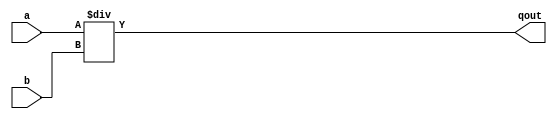
`timescale 1ns/1ns

module DIV(a,b,qout);

    parameter DATAWIDTH = 32;
    input [DATAWIDTH-1:0] a;
    input [DATAWIDTH-1:0] b;

    output reg [DATAWIDTH-1:0] qout;

    always @(a,b) begin
        qout <= a/b;
    end
endmodule